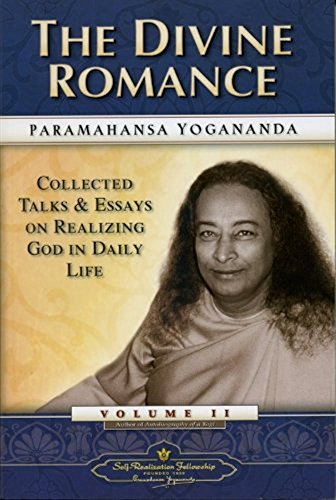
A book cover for The Divine Romance - Collected Talks and Essays. Volume 2 (Self-Realization Fellowship); Paramahansa Yogananda; Christian Books & Bibles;